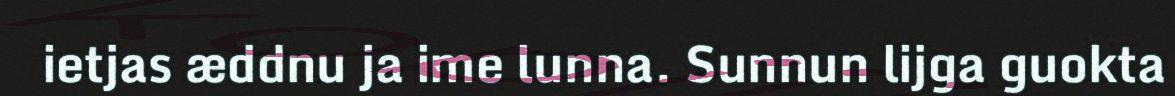
ietjas æddnu ja ime lunna. Sunnun lijga guokta